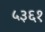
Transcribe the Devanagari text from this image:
५३६१